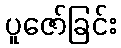
ပူဇော်ခြင်း